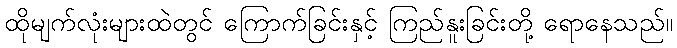
ထိုမျက်လုံးများထဲတွင် ကြောက်ခြင်းနှင့် ကြည်နူးခြင်းတို့ ရောနေသည်။